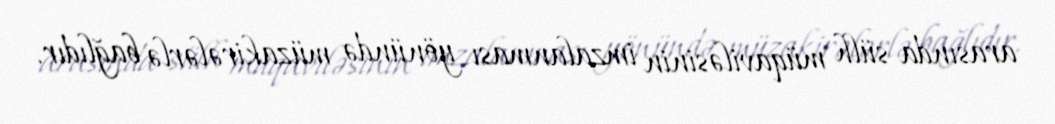
arasında sülh müqaviləsinin imzalanması yönündə müzakirələrlə bağlıdır.